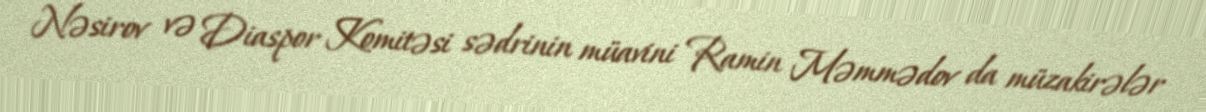
Nəsirov və Diaspor Komitəsi sədrinin müavini Ramin Məmmədov da müzakirələr